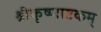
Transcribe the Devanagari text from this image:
श्रीकृष्णाष्टकम्